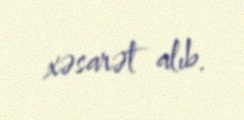
xəsarət alıb.